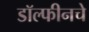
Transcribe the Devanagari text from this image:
डॉल्फीनचे